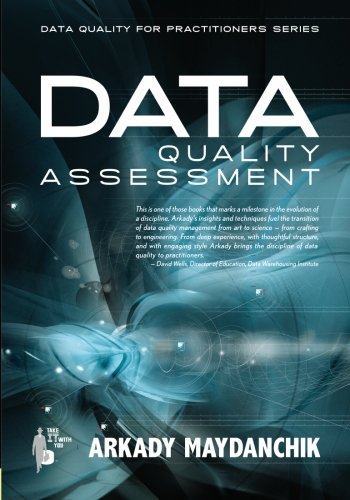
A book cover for Data Quality Assessment; Arkady Maydanchik; Computers & Technology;